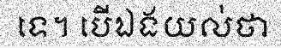
ទេ។ បើឯងយល់ថា